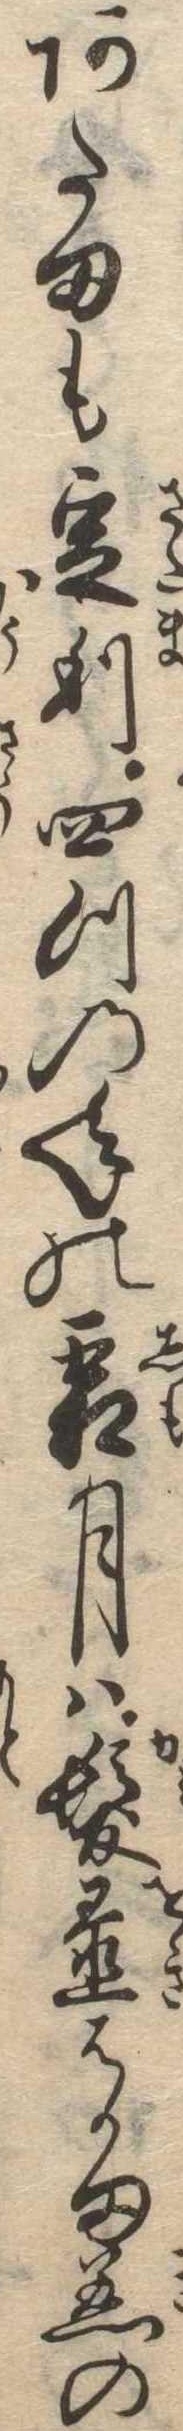
あたまも定り四つの年の霜月は髪置はかま着の